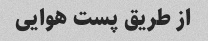
از طریق پست هوایی